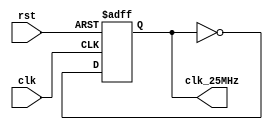
module fd_ball(
    input      clk,  // 50MHz input clk
    input      rst,
    output reg clk_25MHz // 25MHz
);

always @(posedge clk or negedge rst) begin
    if (!rst) begin
        clk_25MHz <= 0;
    end else begin
        clk_25MHz <= ~clk_25MHz;  // 
    end
end

endmodule